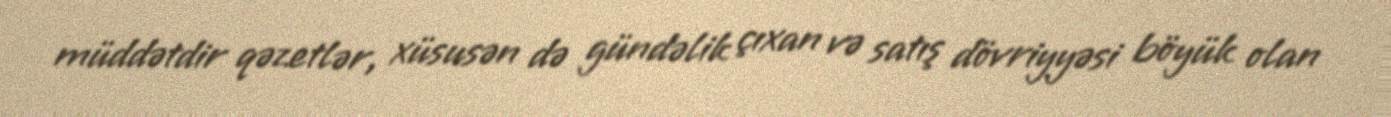
müddətdir qəzetlər, xüsusən də gündəlik çıxan və satış dövriyyəsi böyük olan